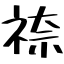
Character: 𮁿